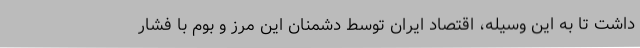
داشت تا به این وسیله، اقتصاد ایران توسط دشمنان این مرز و بوم با فشار